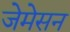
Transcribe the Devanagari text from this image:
जेमेसन